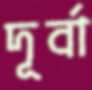
দূর্বা